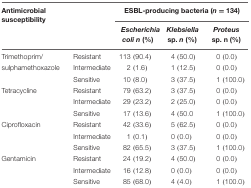
| Antimicrobial susceptibility |  | <COLSPAN=3> ESBL-producing bacteria (n = 134) |
 | <COLSPAN=2>  | Escherichia coli n (%) | Klebsiella sp. n (%) | Proteus sp. n (%) |
 | --- | --- | --- | --- | --- |
 | Trimethoprim/ | Resistant | 113 (90.4) | 4 (50.0) | 0 (0.0) |
 | sulphamethoxazole | Intermediate | 2 (1.6) | 1 (12.5) | 0 (0.0) |
 |  | Sensitive | 10 (8.0) | 3 (37.5) | 1 (100.0) |
 | Tetracycline | Resistant | 79 (63.2) | 3 (37.5) | 0 (0.0) |
 |  | Intermediate | 29 (23.2) | 2 (25.0) | 0 (0.0) |
 |  | Sensitive | 17 (13.6) | 4 (50.0 | 1 (100.0) |
 | Ciprofloxacin | Resistant | 42 (33.6) | 5 (62.5) | 0 (0.0) |
 |  | Intermediate | 1 (0.1) | 0 (0.0) | 0 (0.0) |
 |  | Sensitive | 82 (65.5) | 3 (37.5) | 1 (100.0) |
 | Gentamicin | Resistant | 24 (19.2) | 4 (50.0) | 0 (0.0) |
 |  | Intermediate | 16 (12.8) | 0 (0.0) | 0 (0.0) |
 |  | Sensitive | 85 (68.0) | 4 (4.0) | 1 (100.0) |